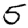
Digit: 5